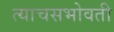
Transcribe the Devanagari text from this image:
त्याचसभोवती